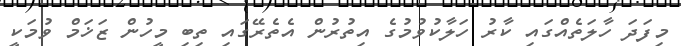
މިފަދަ ހާލަތެއްގައި ކާރު ހަލާކުވުމުގެ އިތުރުން އެތެރޭގައި ތިބި މީހުން ޒަޚަމް ވުމަކީ